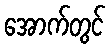
အောက်တွင်